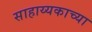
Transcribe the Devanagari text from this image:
साहाय्यकाच्या